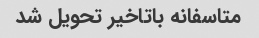
متاسفانه باتاخیر تحویل شد